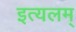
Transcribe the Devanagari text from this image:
इत्यलम्